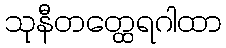
သုနီတတ္ထေရဂါထာ